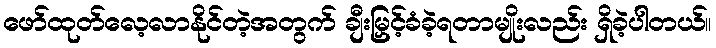
ဖော်ထုတ်လေ့လာနိုင်တဲ့အတွက် ချီးမြှင့်ခံခဲ့ရတာမျိုးလည်း ရှိခဲ့ပါတယ်။